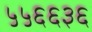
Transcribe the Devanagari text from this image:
५५६६३६